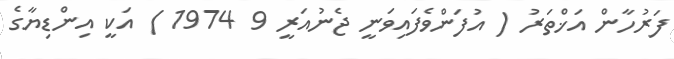
ފަރުހާން އަޚްތަރު ( އުފަންވެފައިވަނީ ޖެނުއަރީ 9 1974 ) އަކީ އިންޑިޔާގެ